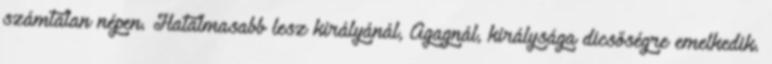
számtalan népen. Hatalmasabb lesz királyánál, Agagnál, királysága dicsőségre emelkedik.